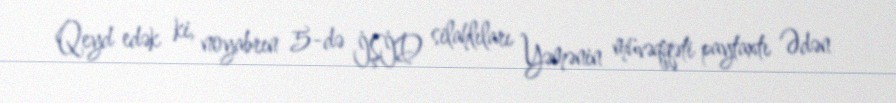
Qeyd edək ki, noyabrın 5-də İŞİD silahlıları Yəmənin müvəqqəti paytaxtı Ədən